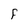
Character: F